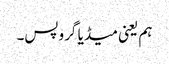
ہم یعنی میڈیا گروپس۔